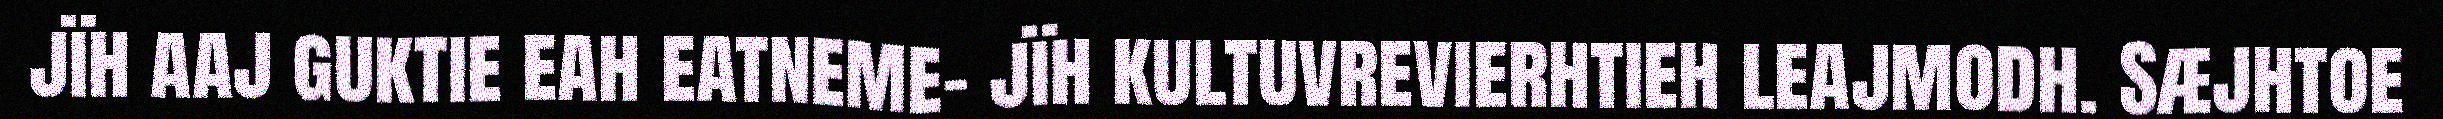
jïh aaj guktie eah eatneme- jïh kultuvrevierhtieh leajmodh. Sæjhtoe